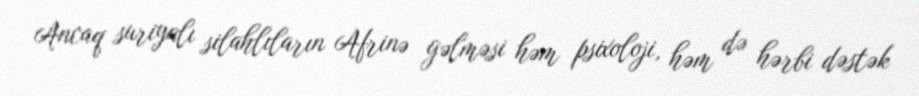
Ancaq suriyalı silahlıların Afrinə gəlməsi həm psixoloji, həm də hərbi dəstək